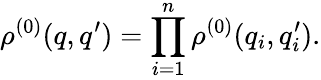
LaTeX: \rho^{(0)}(q,q^{\prime})=\prod_{i=1}^{n}\rho^{(0)}(q_{i},q_{i}^{\prime}).